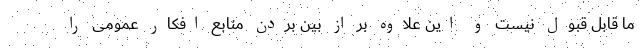
ما قابل قبول نیست و این علاوه بر از بین بردن منابع افکار عمومی را